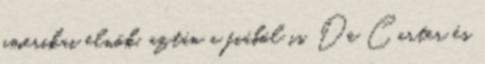
amerikai elnök, aztán a fiából is. De Carter és